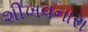
શીખવનારા